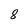
Character: 8